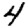
Digit: 4